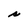
Character: s